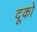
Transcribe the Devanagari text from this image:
दूको